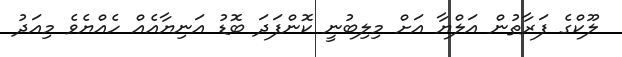
ލޫކްގެ ފަރާތުން އަލްޔާ އަށް މިލިބުނީ ކޮންފަދަ ބޮޑު އަނިޔާއެއް ހެއްޔެވެ މިއަދު